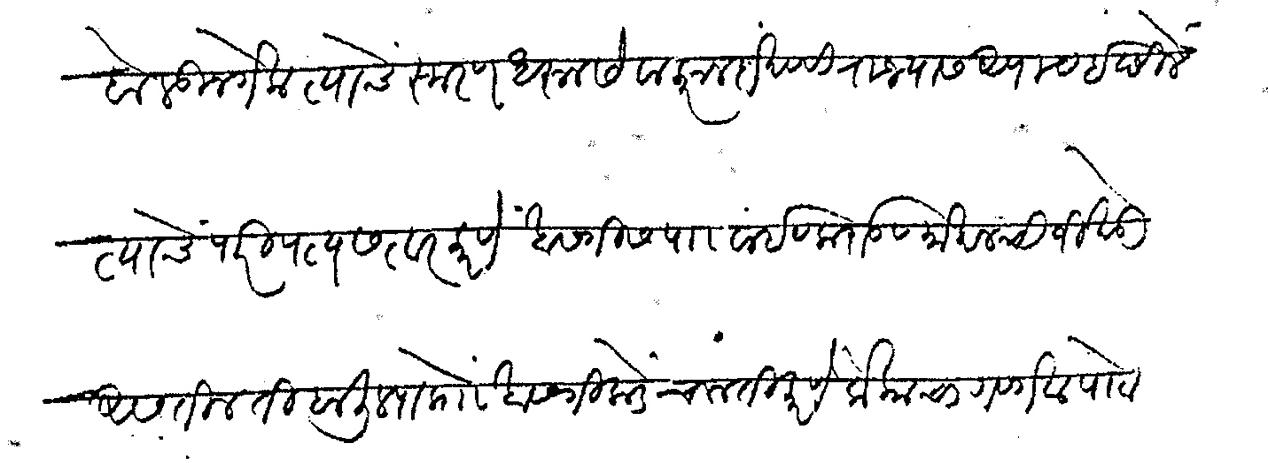
Transliteration (Devanagari): बोलून गेला त्याचे स्मरण धरून सेवा करून दाखववी राज्यास अपाय इछिले त्याचे परिपत्य सत्वर करणे खासगीस पा बाई व कराड व माहालची जी खेडी असतील ती बालिल्या प्रो खासगीकडे चालती करणे लोकाचा गवगवा पोटाचा